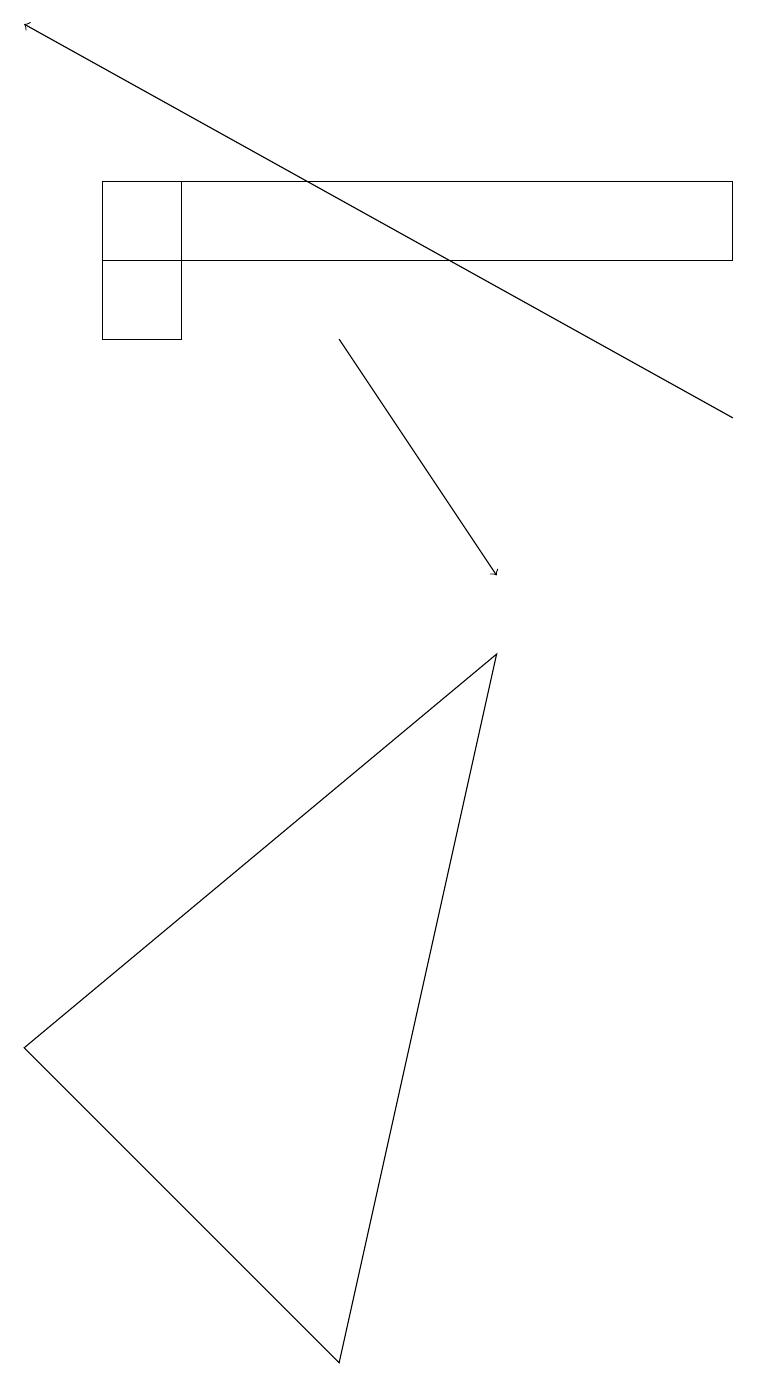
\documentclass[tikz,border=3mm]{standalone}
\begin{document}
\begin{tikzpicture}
\draw (9,15) rectangle (1,14);
\draw[->] (4,13) -- (6,10);
\draw (1,13) rectangle (2,15);
\draw[->] (9,12) -- (0,17);
\draw (0,4) -- (4,0) -- (6,9) -- cycle;
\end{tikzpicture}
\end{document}